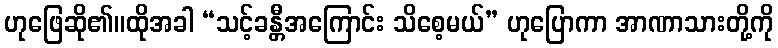
ဟုဖြေဆို၏။ထိုအခါ “သင့်ခန္တီအကြောင်း သိစေ့မယ်” ဟုပြောကာ အာဏာသားတို့ကို